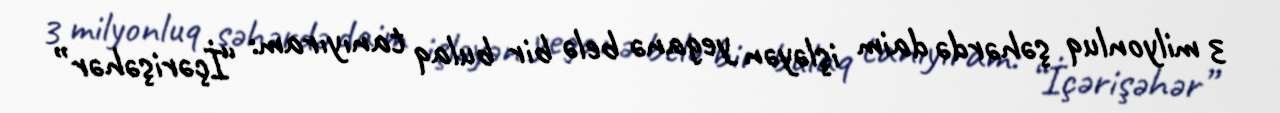
3 milyonluq şəhərdə daim işləyən yeganə belə bir bulaq tanıyıram: “İçərişəhər”